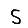
Digit: 5